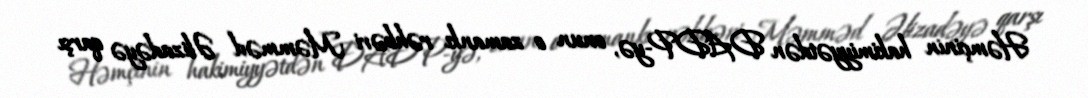
Həmçinin hakimiyyətdən DADP-yə, onun o zamankı rəhbəri Məmməd Əlizadəyə qarşı